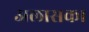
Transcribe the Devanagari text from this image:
अलासका